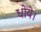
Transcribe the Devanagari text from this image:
धोये।